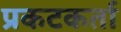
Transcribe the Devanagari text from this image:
प्रकटकर्ता